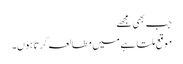
جب بھی مجھے
موقع ملتا ہے میں مطالعہ کرتا ہوں۔